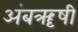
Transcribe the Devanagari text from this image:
अंबॠषी